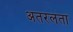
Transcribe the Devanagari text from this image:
अतरलता